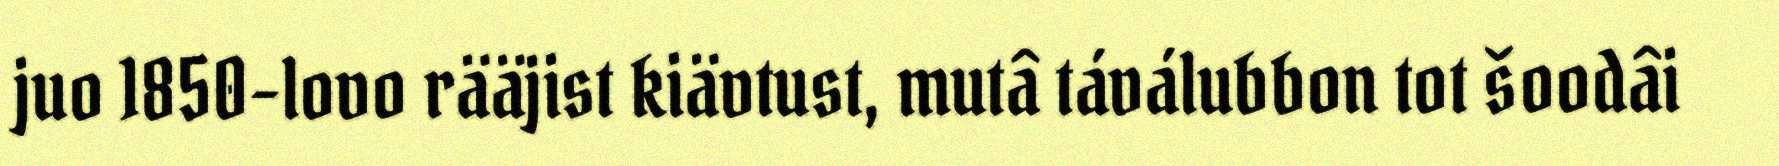
juo 1850-lovo rääjist kiävtust, mutâ táválubbon tot šoodâi